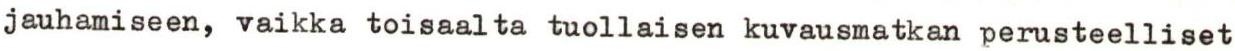
jauhamiseen, vaikka toisaalta tuollaisen kuvausmatkan perusteelliset